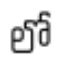
లో